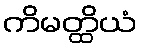
ကိမတ္ထိယံ